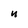
Character: n